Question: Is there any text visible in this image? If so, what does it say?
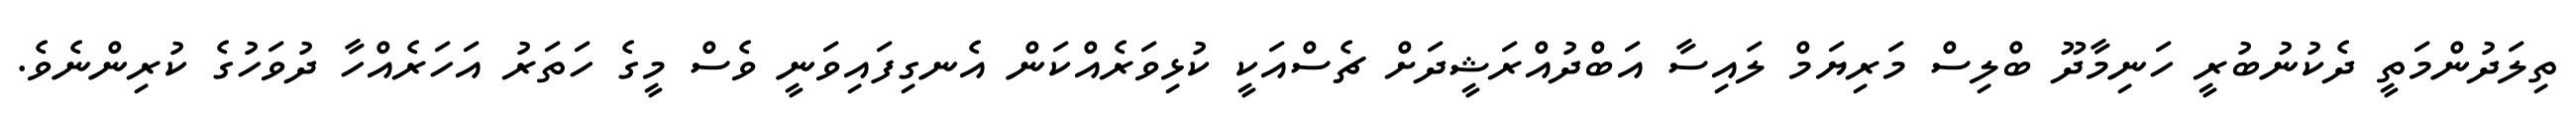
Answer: ތިލަދުންމަތީ ދެކުނުބުރީ ހަނިމާދޫ ބްލިސް މަރިޔަމް ލައިސާ އަބްދުއްރަޝީދަށް ޗެސްއަކީ ކުޅިވަރެއްކަން އެނގިފައިވަނީ ވެސް މީގެ ހަތަރު އަހަރެއްހާ ދުވަހުގެ ކުރިންނެވެ.